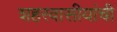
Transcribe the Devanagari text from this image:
शहरवासीयांची